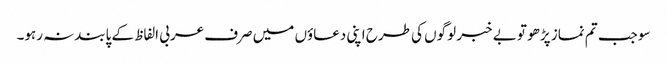
سو جب تم نماز پڑھو تو بے خبر لوگوں کی طرح اپنی دعاؤں میں صرف عربی الفاظ کے پابندنہ رہو۔